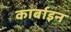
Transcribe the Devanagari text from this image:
कार्बाइन